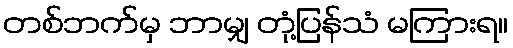
တစ်ဘက်မှ ဘာမျှ တုံ့ပြန်သံ မကြားရ။